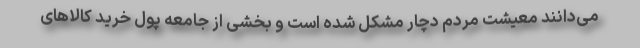
می‌دانند معیشت مردم دچار مشکل شده است و بخشی از جامعه پول خرید کالاهای